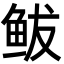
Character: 鲅